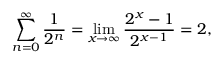
\sum _ { n = 0 } ^ { \infty } { \frac { 1 } { 2 ^ { n } } } = \operatorname* { l i m } _ { x \to \infty } { \frac { 2 ^ { x } - 1 } { 2 ^ { x - 1 } } } = 2 ,